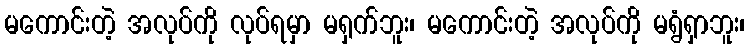
မကောင်းတဲ့ အလုပ်ကို လုပ်ရမှာ မရှက်ဘူး၊ မကောင်းတဲ့ အလုပ်ကို မရွံရှာဘူး၊